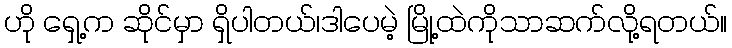
ဟို ရှေ့က ဆိုင်မှာ ရှိပါတယ်၊ဒါပေမဲ့ မြို့ထဲကိုသာဆက်လို့ရတယ်။